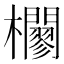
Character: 𣠼